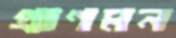
প্রাণমন